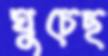
ঘুচেছ